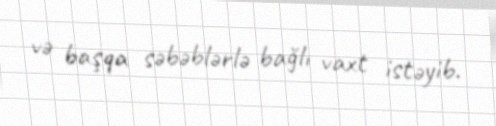
və başqa səbəblərlə bağlı vaxt istəyib.